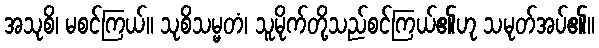
အသုစိ၊ မစင်ကြယ်။ သုစိသမ္မတံ၊ သူမိုက်တို့သည်စင်ကြယ်၏ဟု သမုတ်အပ်၏။